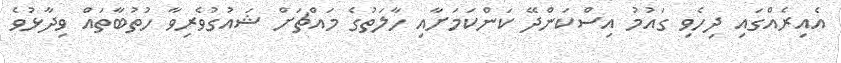
އެއިރެއްގައި ދިހެވި ގައުމު އިސްކަންދޭ ކަންކަމަށާއި ހާލަތުގެ މައްޗަށް ޝައުގުވެރިވާ ހުތުބާތައް ވިދާޅުވެ